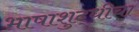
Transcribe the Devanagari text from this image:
भाषाशुद्धीचा